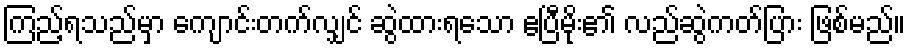
ကြည့်ရသည်မှာ ကျောင်းတက်လျှင် ဆွဲထားရသော ဧပြီမိုး၏ လည်ဆွဲကတ်ပြား ဖြစ်မည်။